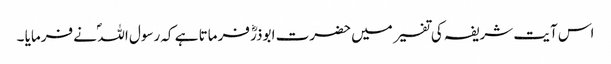
اس آیت شریفہ کی تفسیر میں حضرت ابوذرؓ فرماتا ہے کہ رسول اللہ ؐ نے فرمایا ۔